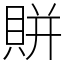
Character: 賆